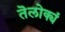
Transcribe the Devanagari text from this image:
तॆलोक्यं